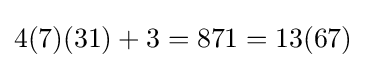
4(7)(31)+3=871=13(67)